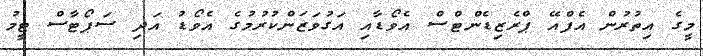
މީގެ އިތުރުން އެފްއޭ ޕްރެޒިޑެންޓްސް އެވޯޑާއި އަގުވަޒަންކުރުމުގެ އެވޯޑު އަދި ސަޕޯޓާސް ޓީމު